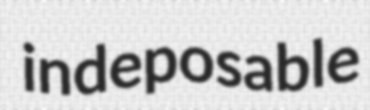
indeposable